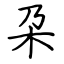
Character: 朶